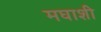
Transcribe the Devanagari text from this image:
मघाशी